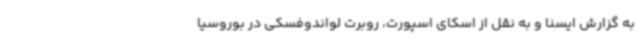
به گزارش ایسنا و به نقل از اسکای اسپورت، روبرت لواندوفسکی در بوروسیا